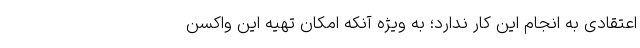
اعتقادی به انجام این کار ندارد؛ به ویژه آنکه امکان تهیه این واکسن